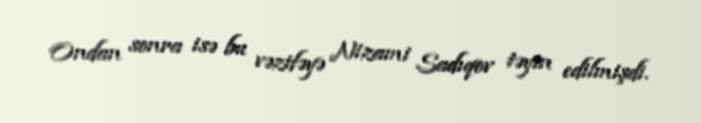
Ondan sonra isə bu vəzifəyə Nizami Sadıqov təyin edilmişdi.